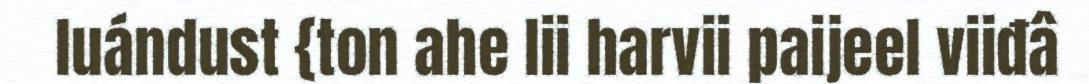
luándust {ton ahe lii harvii paijeel viiđâ